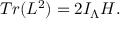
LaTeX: T r ( L ^ { 2 } ) = 2 I _ { \Lambda } { \cal H } .